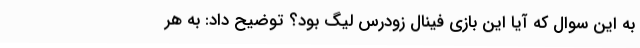
به این سوال که آیا این بازی فینال زودرس لیگ بود؟ توضیح داد: به هر